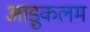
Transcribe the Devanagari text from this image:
आड़ुकलम